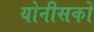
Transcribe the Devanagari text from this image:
योनीसको